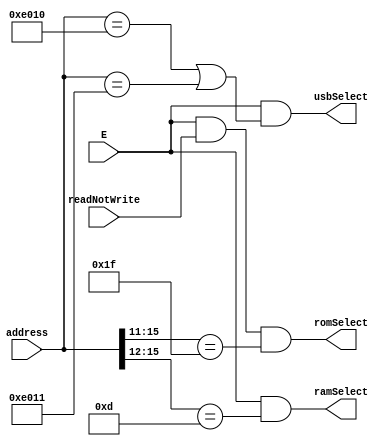
/* ------------------------------------------------------------------
 * Address decoder
 *
 * Copyright (C) 2022 Damian Wildie
 * ------------------------------------------------------------------*/
module addressDecoder
(
  input [15:0] address,           // CPU address bus (logical address)
  input        E,                 // E clock
  input        readNotWrite,      // Read not write
  
  output       romSelect,         // FPGA ROM
  output       ramSelect,         // Onboard RAM
  output       usbSelect          // ACIA for onboard USB
);
/*
  System memory map
  
  +---------------+
  | 0F800 - 0FFFF | 2K FPGA ROM
  +---------------+
  | 0E012 - 0F7FF | Unused
  +---------------+
  | 0E010 - 0E011 | M6850 ACIA
  +---------------+
  | 0E000 - 0E00F | Unused
  +---------------+
  | 0D000 - 0DFFF | 4K FPGA RAM
  +---------------+
  | 00000 - 0CFFF | Unused
  +---------------+
*/


  // ROM = address 0xF800 - 0xFFFF
  assign romSelect = E && readNotWrite && address[15:11] == 5'b11111;

  // USB ACIA = 0x00EFF8 - Ox0EFF9
  assign usbSelect = E && (address[15:0] == 16'hE010 || address[15:0] == 16'hE011);

  // Onboard RAM = 0xD000 - 0xDFFF
  assign ramSelect = E && address[15:12] == 4'hD;
endmodule